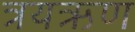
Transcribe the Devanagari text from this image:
त्रयऋण